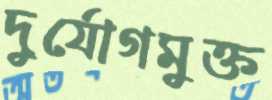
দুর্যোগমুক্ত